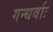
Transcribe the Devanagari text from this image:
गन्धर्वाः